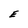
Character: E